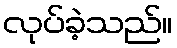
လုပ်ခဲ့သည်။